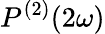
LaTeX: P^{(2)}(2\omega)